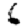
Digit: 6